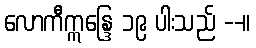
လောကီဣန္ဒြေ ၁၉ ပါးသည် --။